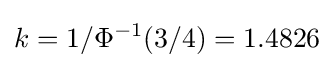
k=1/\Phi ^{-1}(3/4)=1.4826